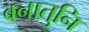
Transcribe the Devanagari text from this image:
वनातुनि